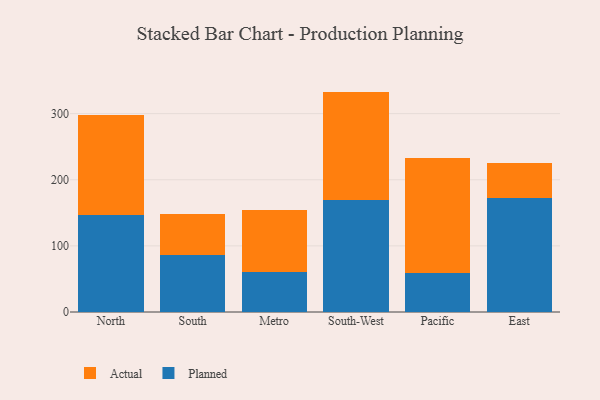
{"axis": {"x": "Region", "y": "Satisfaction Score"}, "legend": ["Actual", "Planned"], "data": [{"x": "North", "y": 146.7, "type": "Planned"}, {"x": "North", "y": 151.6, "type": "Actual"}, {"x": "South", "y": 86.1, "type": "Planned"}, {"x": "South", "y": 62.3, "type": "Actual"}, {"x": "Metro", "y": 60.8, "type": "Planned"}, {"x": "Metro", "y": 94.1, "type": "Actual"}, {"x": "South-West", "y": 169.5, "type": "Planned"}, {"x": "South-West", "y": 163.8, "type": "Actual"}, {"x": "Pacific", "y": 58.3, "type": "Planned"}, {"x": "Pacific", "y": 174.7, "type": "Actual"}, {"x": "East", "y": 172.6, "type": "Planned"}, {"x": "East", "y": 52.6, "type": "Actual"}]}